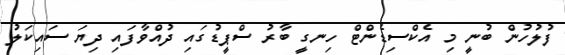
ފުލުހުން ބުނީ މި އެކްސިޑެންޓް ހިނގީ ބާރު ސްޕީޑުގައި ދުއްވާފައި ދިޔަ ސައިކަލު